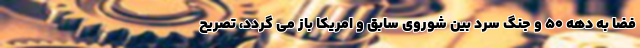
فضا به دهه ۵۰ و جنگ سرد بین شوروی سابق و امریکا باز می گردد، تصریح